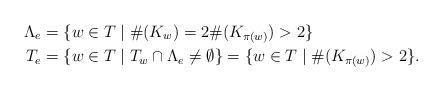
LaTeX: \begin{align*}\Lambda_e&=\{w\in T\mid \#(K_{w})=2 \#(K_{\pi(w)})>2\}\\T_e&=\{w\in T\mid T_w\cap\Lambda_e \ne\emptyset \}=\{w\in T\mid \#(K_{\pi(w)})>2\}.\end{align*}